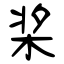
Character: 桨